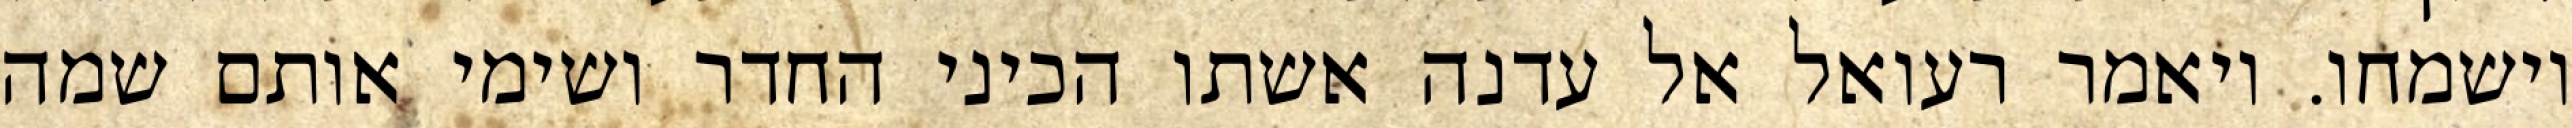
וישמחו. ויאמר רעואל אל עדנה אשתו הכיני החדר ושימי אותם שמה